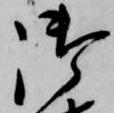
御